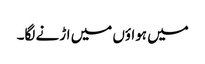
میں ہواؤں میں اڑنے لگا۔